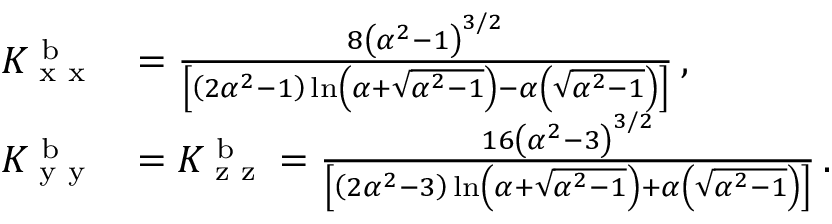
\begin{array} { r l } { K _ { \textup { x x } } ^ { \textup { b } } } & { = \frac { 8 \left( \alpha ^ { 2 } - 1 \right) ^ { 3 / 2 } } { \left[ \left( 2 \alpha ^ { 2 } - 1 \right) \ln \left( \alpha + \sqrt { \alpha ^ { 2 } - 1 } \right) - \alpha \left( \sqrt { \alpha ^ { 2 } - 1 } \right) \right] } \, , } \\ { K _ { \textup { y y } } ^ { \textup { b } } } & { = K _ { \textup { z z } } ^ { \textup { b } } = \frac { 1 6 \left( \alpha ^ { 2 } - 3 \right) ^ { 3 / 2 } } { \left[ \left( 2 \alpha ^ { 2 } - 3 \right) \ln \left( \alpha + \sqrt { \alpha ^ { 2 } - 1 } \right) + \alpha \left( \sqrt { \alpha ^ { 2 } - 1 } \right) \right] } \, . } \end{array}